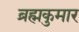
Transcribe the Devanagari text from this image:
ब्रह्मकुमार